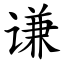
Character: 谦